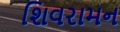
શિવરામન